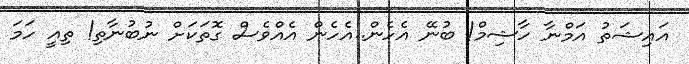
އައިޝަތު އަމްނާ ހާޝިމް! ބުނޭ އެހެން..އެހެން އެއްވެސް ގޮތަކަށް ނުބުނާތި! ތިއީ ހަމަ